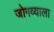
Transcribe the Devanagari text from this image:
जोगव्याला